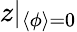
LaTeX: z|_{\langle\phi\rangle=0}